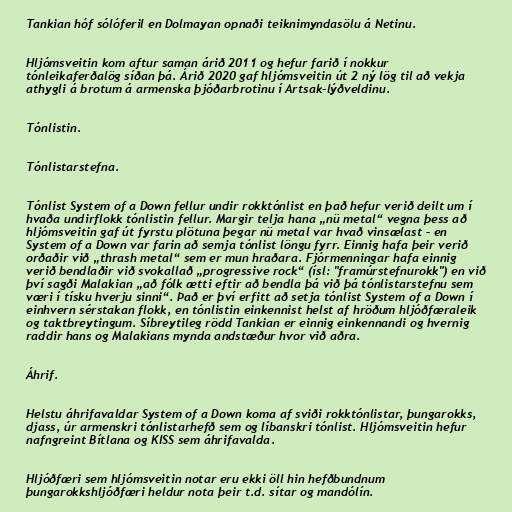
Tankian hóf sólóferil en Dolmayan opnaði teiknimyndasölu á Netinu.

Hljómsveitin kom aftur saman árið 2011 og hefur farið í nokkur
tónleikaferðalög síðan þá. Árið 2020 gaf hljómsveitin út 2 ný lög til að vekja
athygli á brotum á armenska þjóðarbrotinu í Artsak-lýðveldinu.

Tónlistin.

Tónlistarstefna.

Tónlist System of a Down fellur undir rokktónlist en það hefur verið deilt um í
hvaða undirflokk tónlistin fellur. Margir telja hana „nü metal“ vegna þess að
hljómsveitin gaf út fyrstu plötuna þegar nü metal var hvað vinsælast – en
System of a Down var farin að semja tónlist löngu fyrr. Einnig hafa þeir verið
orðaðir við „thrash metal“ sem er mun hraðara. Fjórmenningar hafa einnig
verið bendlaðir við svokallað „progressive rock“ (ísl: "framúrstefnurokk") en við
því sagði Malakian „að fólk ætti eftir að bendla þá við þá tónlistarstefnu sem
væri í tísku hverju sinni“. Það er því erfitt að setja tónlist System of a Down í
einhvern sérstakan flokk, en tónlistin einkennist helst af hröðum hljóðfæraleik
og taktbreytingum. Síbreytileg rödd Tankian er einnig einkennandi og hvernig
raddir hans og Malakians mynda andstæður hvor við aðra.

Áhrif.

Helstu áhrifavaldar System of a Down koma af sviði rokktónlistar, þungarokks,
djass, úr armenskri tónlistarhefð sem og líbanskri tónlist. Hljómsveitin hefur
nafngreint Bítlana og KISS sem áhrifavalda.

Hljóðfæri sem hljómsveitin notar eru ekki öll hin hefðbundnum
þungarokkshljóðfæri heldur nota þeir t.d. sítar og mandólín.